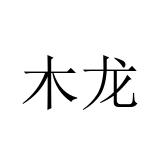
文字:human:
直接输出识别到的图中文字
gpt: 木龙